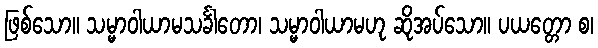
ဖြစ်သော။ သမ္မာဝါယာမသင်္ခါတော၊ သမ္မာဝါယာမဟု ဆိုအပ်သော။ ပယတ္တော စ၊